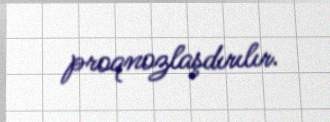
proqnozlaşdırılır.